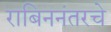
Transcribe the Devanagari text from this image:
राबिननंतरचे